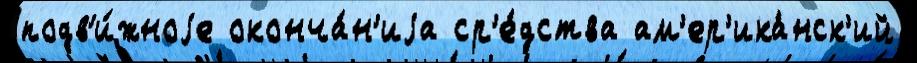
подв'и́жноjе оконча́н'иjа ср'е́дства ам'ер'ика́нск'ий